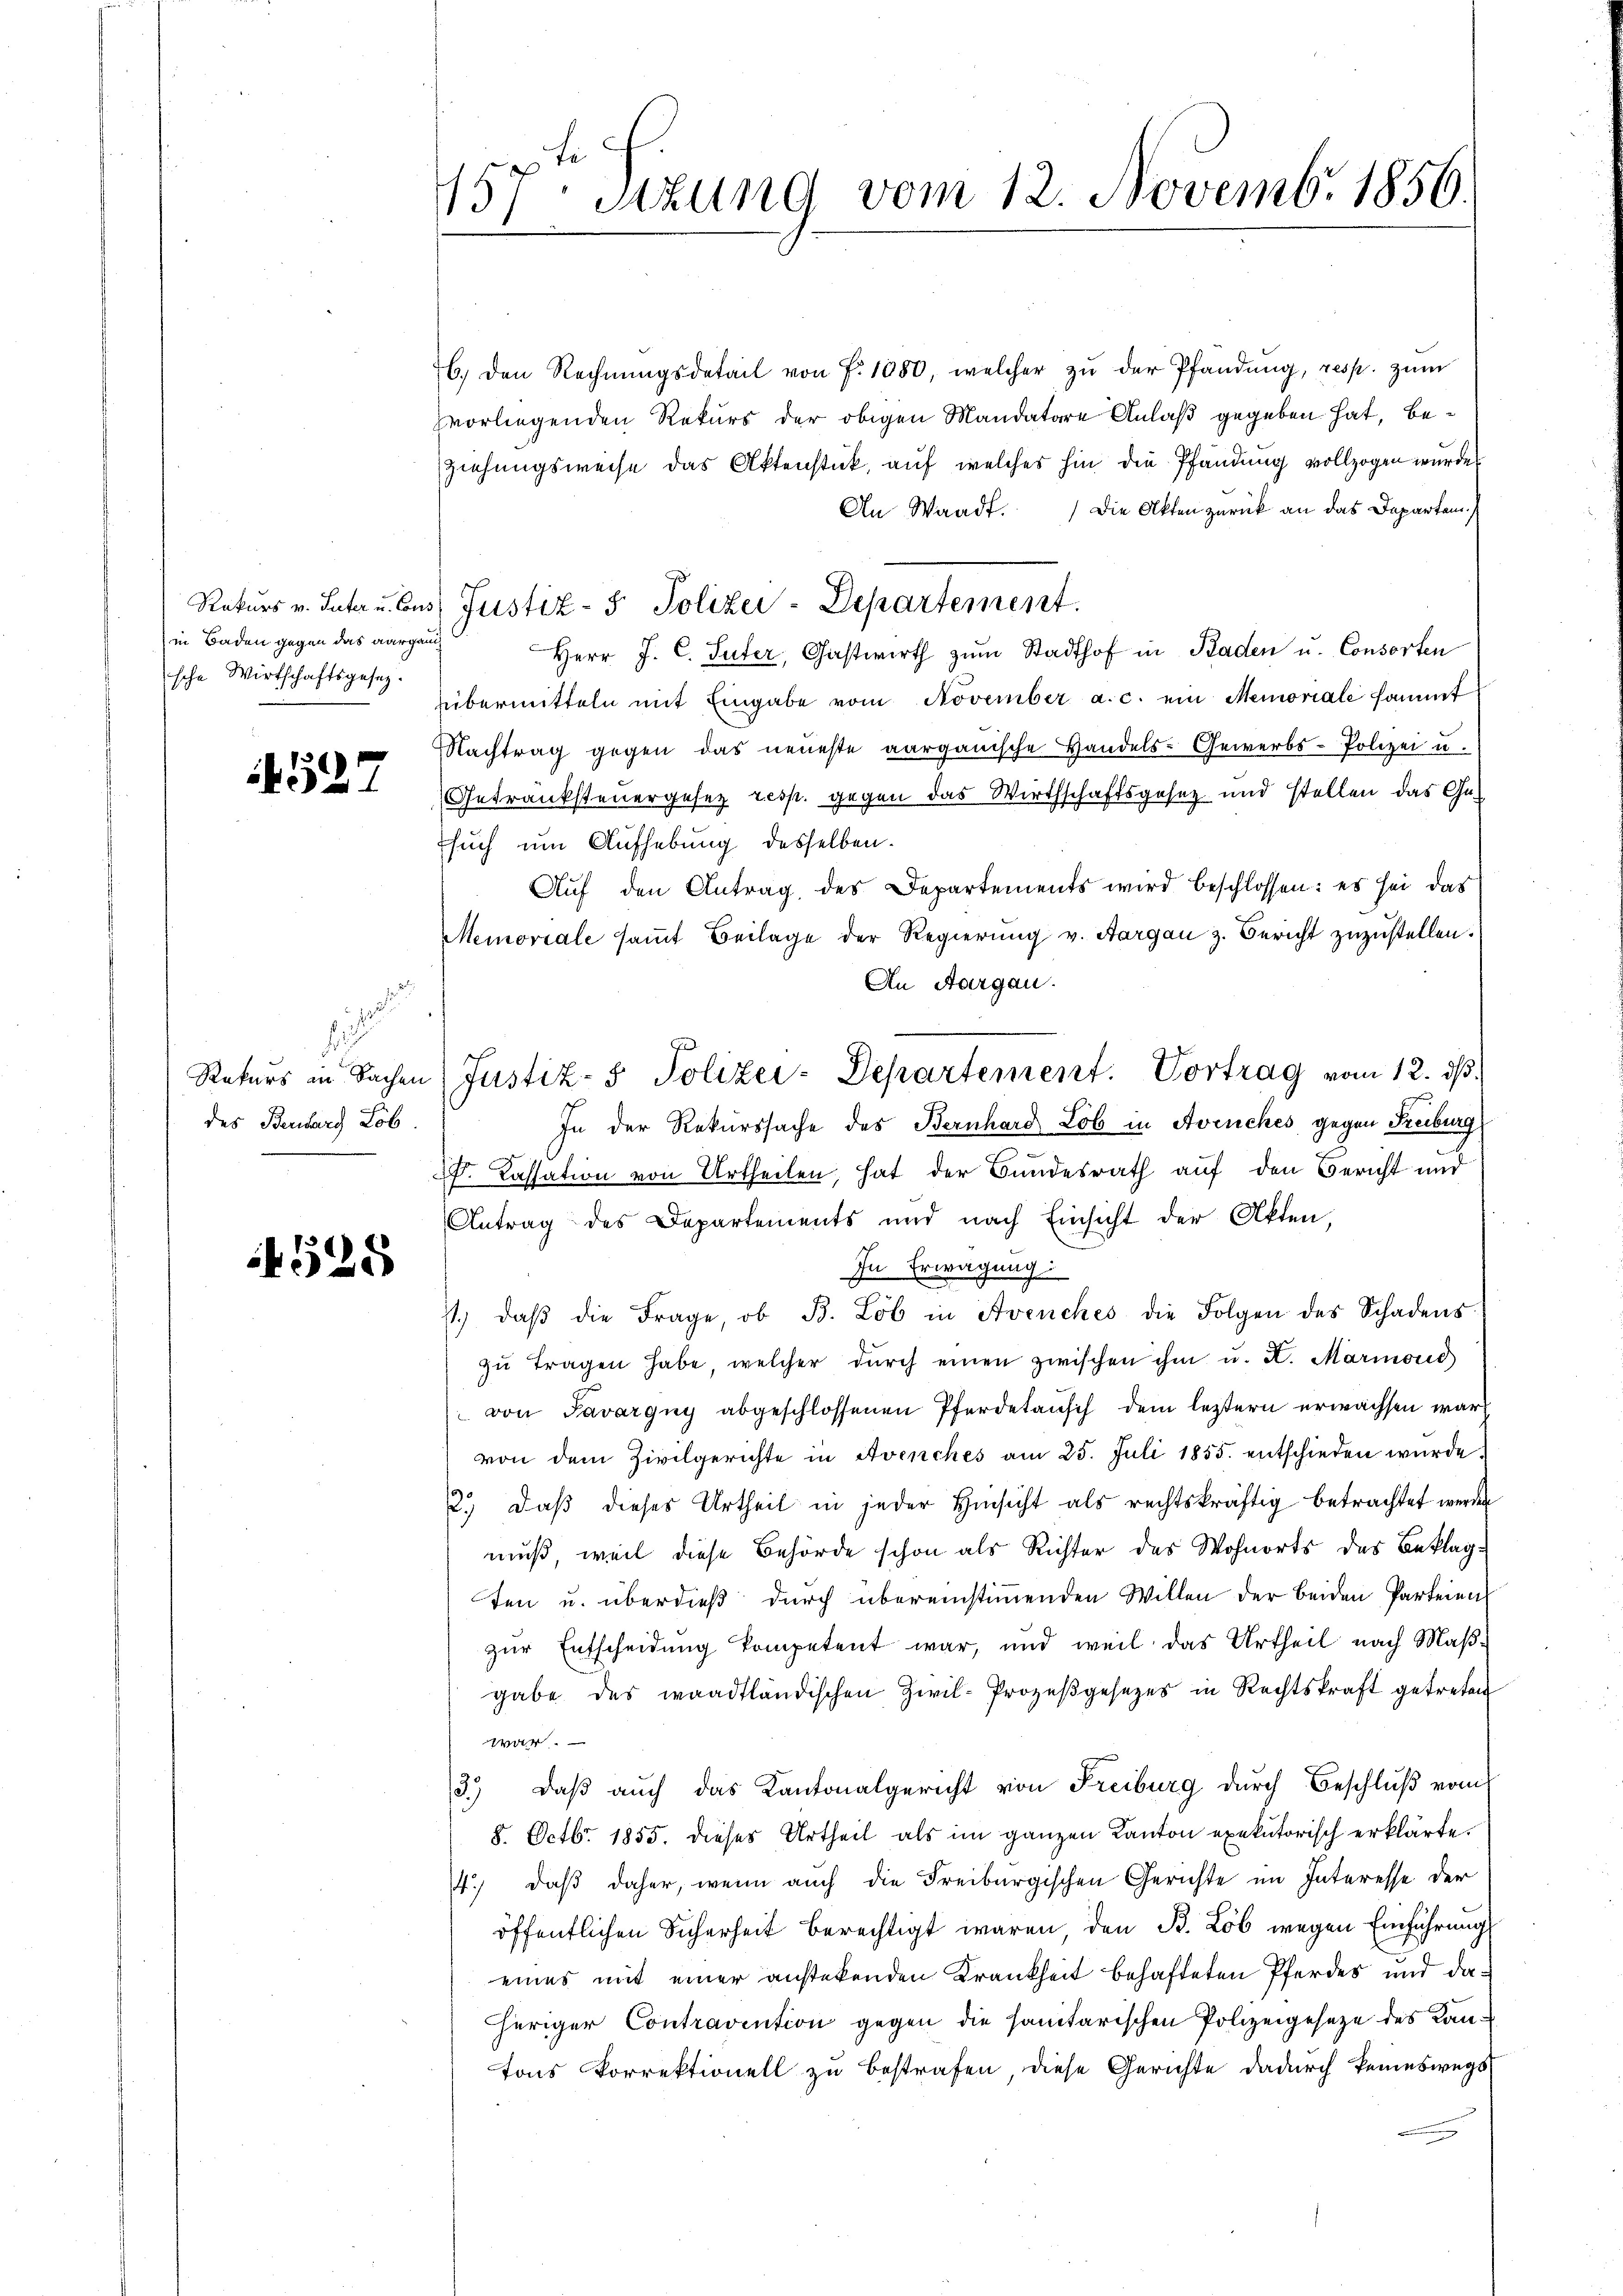
in Baden gegen das aargau
sche Wirtschaftsgesez.

527

1
f
Rekurs in Sachen
des Berikars Lob.

525

157ten Sizung vom 12. Novembr. 1856.

6) den Rechnŭngsdetail von f. 1880, welcher zŭ der Pfandung, resp. zŭm
vorliegenden Rekurs der obigen Mandatare Anlaß gegeben hat, beziehungsweise das Aktenstück, auf welches hin die Pfändung vollzogen wurde
An Waadt. Die Akten zurück an das Departem
Rekurs v. Suta u. Ces Justiz- & Polizei-Departement.
Herr J. C. Suter, Gastwirth zum Stadthof in Baden u. Consorten
übermitteln mit Eingabe vom November a. c. ein Memoriale sammt
Nachtrag gegen das neueste aargauische Handels- Gewerbs-Polizei u.
Getranksteuergesez resp. gegen das Wirthschaftsgesez und stellen das Ge-
Esuch um Aufhebung desselben.
Auf den Antrag des Departements wird beschlossen: es sei das
Memoriale saṁt Beilage der Regierŭng v. Aargau z. Bericht zŭzŭstellen.
An Aargau.
In der Rekurssache des Bernhard Lob in Avenches gegen Freiburg
. Cassation von Urtheilen, hat der Bundesrath auf den Bericht und
Antrag des Departements und nach Einsicht der Akten,
In Erwägung
. daβ die Frage, ob B. Lob in Avenches die Folgen des Schadens
zŭ tragen habe, welcher dŭrch einen zwischen ihm u. A. Marmond
 von Savargny abgeschlossenen Pferdetausch dem leztern erwachsen war
von dem Zivilgerichte in Avenches am 25. Juli 1855. entschieden würde.
2.) Daß dieses Urtheil in jeder Hinsicht als rechtskräftig betrachtet werden
muß, weil diese Behörde schon als Richter des Wohnorts des Beklagten u. überdieß durch übereinstimmenden Willen der beiden Parteien
zur Entscheidung kompetent war, und weil das Urtheil nach Maβ-
gabe des waadtländischen Zivil-Prozeβgesetzes in Rechtskraft getreten
war.
3.) daβ aŭch das Kantonalgericht von Freiburg dŭrch Beschlŭβ vom
8. Octbr. 1855. dieses Urtheil als im ganzen Kanton exekutorisch erklärte.
4.) daß daher, wenn auch die Freiburgischen Gerichte im Interesse der
öffentlichen Sicherheit berechtigt waren den B. Lob wegen Einführungs
eines mit einer anstetenden Krankheit behafteten Pferdes und daheriger Contravention gegen die sanitarischen Polizeigesetze des Kantons Vorrektionell zu bestrafen, diese Gerichte dadurch keineswegs

Justiz- & Polizei-Departement. Vortrag vom 12. ds.